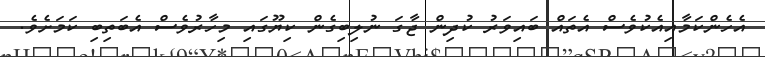
އެހެންކަމާއިއެކުވެސް އެތައް ބައިވަރު ކުދިން ޖާގަ ނުލިބިގެން ކިޔޫގައި މިހާރުވެސް އެބަތިބި ކަމަށެވެ.